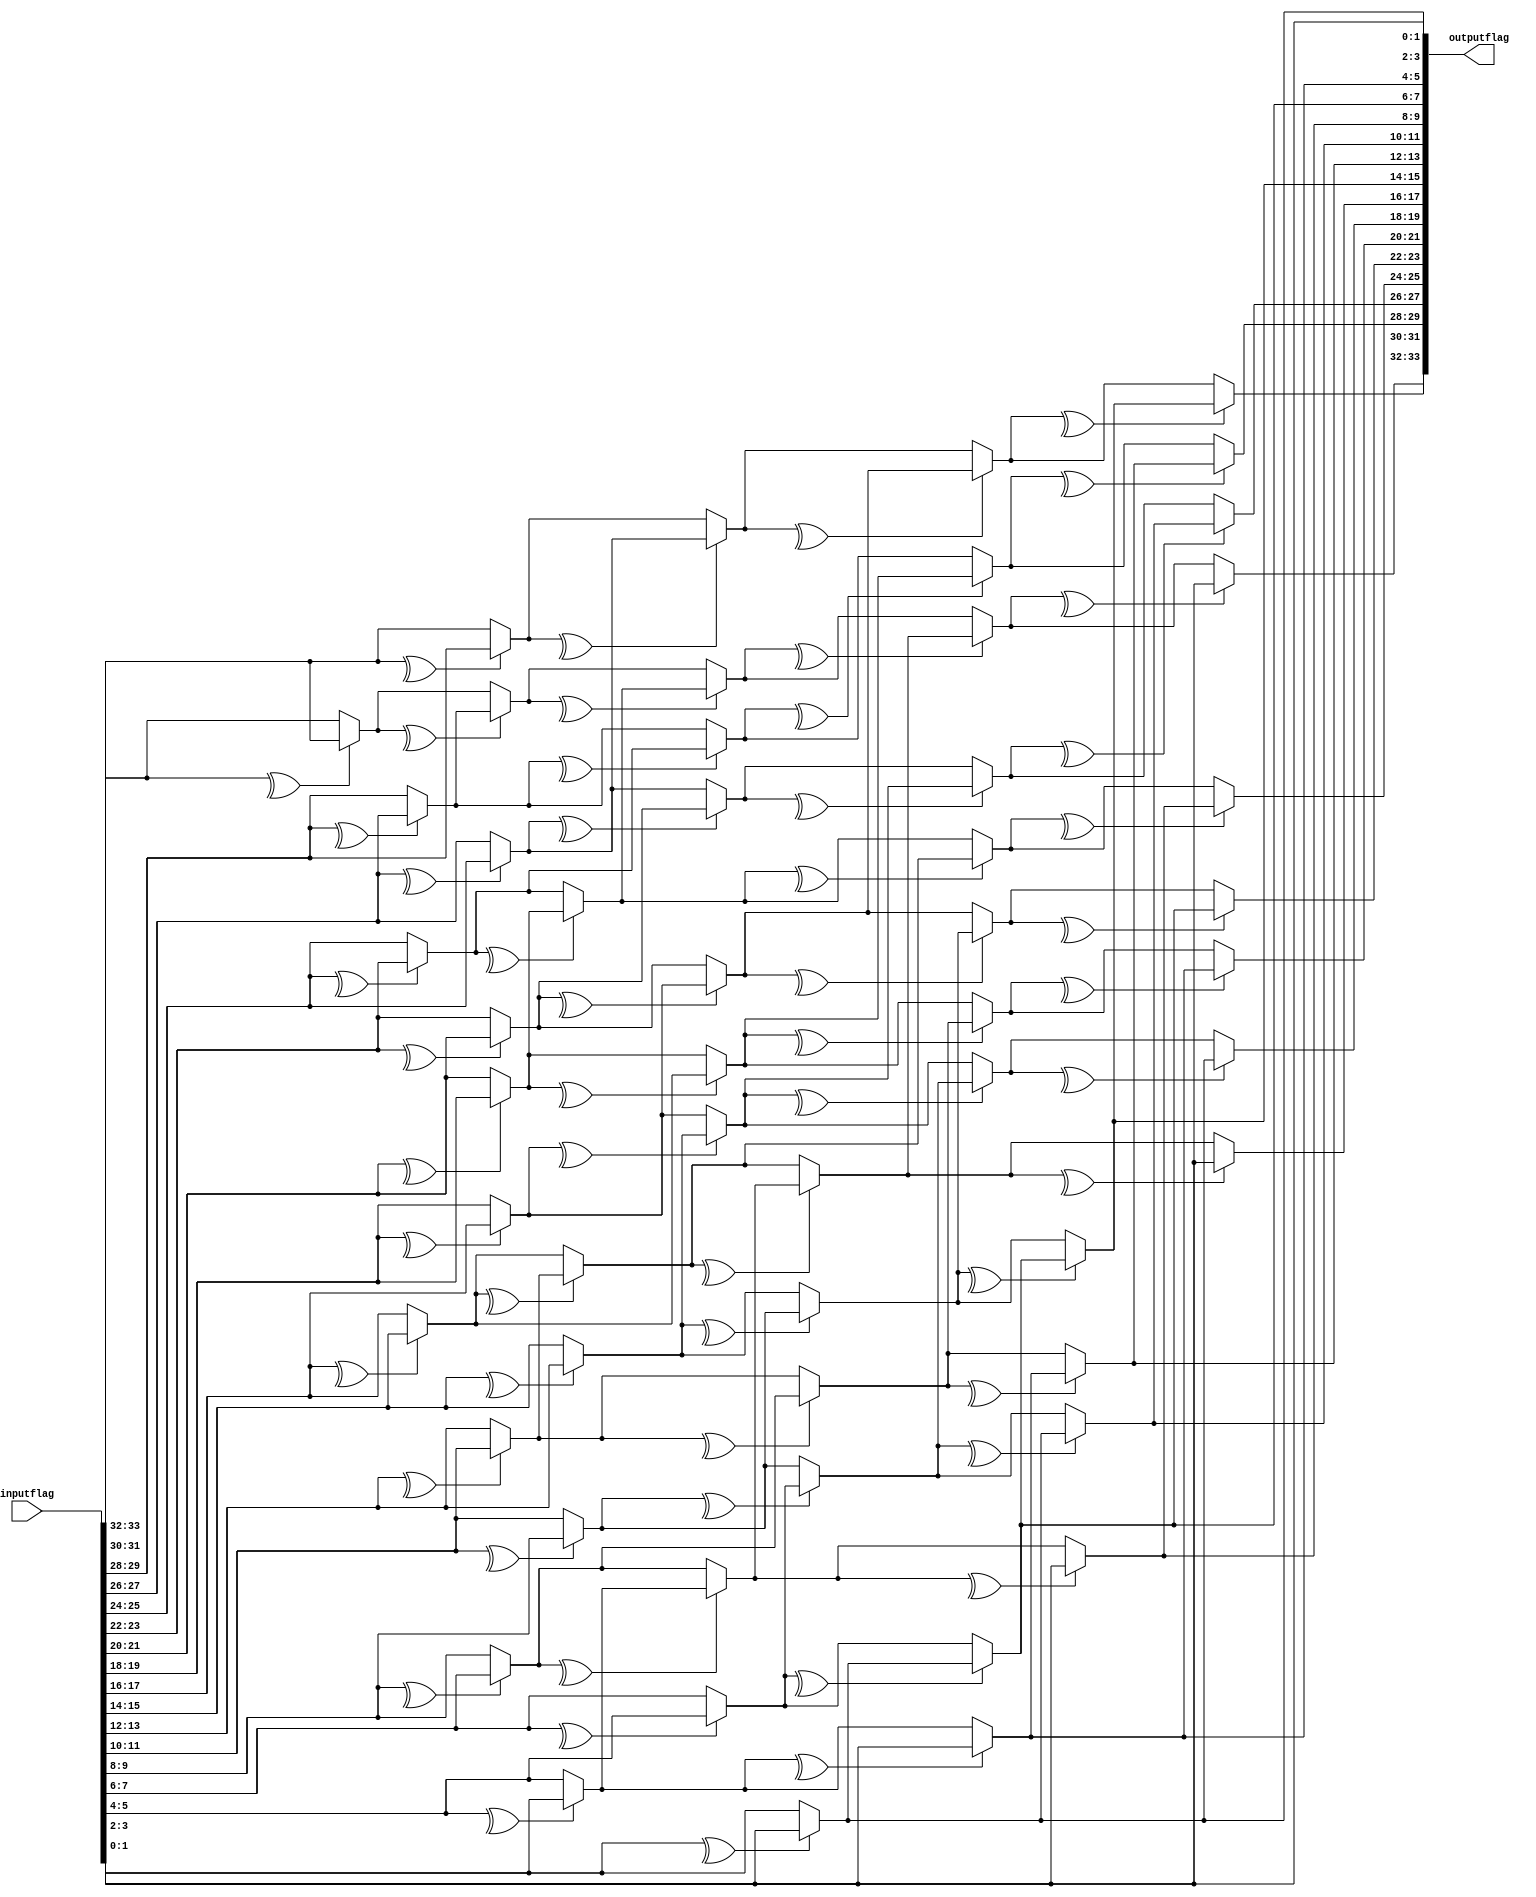

module ParallelPrefixCircuit(outputflag, inputflag);

input [33:0] inputflag;
output [33:0] outputflag;
wire [33:0] output1;
wire [33:0] output2;
wire [33:0] output3;
wire [33:0] output4;

assign output1[33:32] = (^inputflag[33:32]) ? {inputflag[31],inputflag[30]} : inputflag[33:32];
assign output1[31:30] = (^inputflag[31:30]) ? {inputflag[29],inputflag[28]} : inputflag[31:30];
assign output1[29:28] = (^inputflag[29:28]) ? {inputflag[27],inputflag[26]} : inputflag[29:28];
assign output1[27:26] = (^inputflag[27:26]) ? {inputflag[25],inputflag[24]} : inputflag[27:26];
assign output1[25:24] = (^inputflag[25:24]) ? {inputflag[23],inputflag[22]} : inputflag[25:24];
assign output1[23:22] = (^inputflag[23:22]) ? {inputflag[21],inputflag[20]} : inputflag[23:22];
assign output1[21:20] = (^inputflag[21:20]) ? {inputflag[19],inputflag[18]} : inputflag[21:20];
assign output1[19:18] = (^inputflag[19:18]) ? {inputflag[17],inputflag[16]} : inputflag[19:18];
assign output1[17:16] = (^inputflag[17:16]) ? {inputflag[15],inputflag[14]} : inputflag[17:16];
assign output1[15:14] = (^inputflag[15:14]) ? {inputflag[13],inputflag[12]} : inputflag[15:14];
assign output1[13:12] = (^inputflag[13:12]) ? {inputflag[11],inputflag[10]} : inputflag[13:12];
assign output1[11:10] = (^inputflag[11:10]) ? {inputflag[9],inputflag[8]} : inputflag[11:10];
assign output1[9:8] = (^inputflag[9:8]) ? {inputflag[7],inputflag[6]} : inputflag[9:8];
assign output1[7:6] = (^inputflag[7:6]) ? {inputflag[5],inputflag[4]} : inputflag[7:6];
assign output1[5:4] = (^inputflag[5:4]) ? {inputflag[3],inputflag[2]} : inputflag[5:4];
assign output1[3:2] = (^inputflag[3:2]) ? {inputflag[1],inputflag[0]} : inputflag[3:2];
assign output1[1:0] = inputflag[1:0];

assign output2[33:32] = (^output1[33:32]) ? {output1[29],output1[28]} : output1[33:32];
assign output2[31:30] = (^output1[31:30]) ? {output1[27],output1[26]} : output1[31:30];
assign output2[29:28] = (^output1[29:28]) ? {output1[25],output1[24]} : output1[29:28];
assign output2[27:26] = (^output1[27:26]) ? {output1[23],output1[22]} : output1[27:26];
assign output2[25:24] = (^output1[25:24]) ? {output1[21],output1[20]} : output1[25:24];
assign output2[23:22] = (^output1[23:22]) ? {output1[19],output1[18]} : output1[23:22];
assign output2[21:20] = (^output1[21:20]) ? {output1[17],output1[16]} : output1[21:20];
assign output2[19:18] = (^output1[19:18]) ? {output1[15],output1[14]} : output1[19:18];
assign output2[17:16] = (^output1[17:16]) ? {output1[13],output1[12]} : output1[17:16];
assign output2[15:14] = (^output1[15:14]) ? {output1[11],output1[10]} : output1[15:14];
assign output2[13:12] = (^output1[13:12]) ? {output1[9],output1[8]} : output1[13:12];
assign output2[11:10] = (^output1[11:10]) ? {output1[7],output1[6]} : output1[11:10];
assign output2[9:8] = (^output1[9:8]) ? {output1[5],output1[4]} : output1[9:8];
assign output2[7:6] = (^output1[7:6]) ? {output1[3],output1[2]} : output1[7:6];
assign output2[5:4] = (^output1[5:4]) ? {output1[1],output1[0]} : output1[5:4];
assign output2[3:0] = output1[3:0];

assign output3[33:32] = (^output2[33:32]) ? {output2[25],output2[24]} : output2[33:32];
assign output3[31:30] = (^output2[31:30]) ? {output2[23],output2[22]} : output2[31:30];
assign output3[29:28] = (^output2[29:28]) ? {output2[21],output2[20]} : output2[29:28];
assign output3[27:26] = (^output2[27:26]) ? {output2[19],output2[18]} : output2[27:26];
assign output3[25:24] = (^output2[25:24]) ? {output2[17],output2[16]} : output2[25:24];
assign output3[23:22] = (^output2[23:22]) ? {output2[15],output2[14]} : output2[23:22];
assign output3[21:20] = (^output2[21:20]) ? {output2[13],output2[12]} : output2[21:20];
assign output3[19:18] = (^output2[19:18]) ? {output2[11],output2[10]} : output2[19:18];
assign output3[17:16] = (^output2[17:16]) ? {output2[9],output2[8]} : output2[17:16];
assign output3[15:14] = (^output2[15:14]) ? {output2[7],output2[6]} : output2[15:14];
assign output3[13:12] = (^output2[13:12]) ? {output2[5],output2[4]} : output2[13:12];
assign output3[11:10] = (^output2[11:10]) ? {output2[3],output2[2]} : output2[11:10];
assign output3[9:8] = (^output2[9:8]) ? {output2[1],output2[0]} : output2[9:8];
assign output3[7:0] = output2[7:0];

assign output4[33:32] = (^output3[33:32]) ? {output3[17],output3[16]} : output3[33:32];
assign output4[31:30] = (^output3[31:30]) ? {output3[15],output3[14]} : output3[31:30];
assign output4[29:28] = (^output3[29:28]) ? {output3[13],output3[12]} : output3[29:28];
assign output4[27:26] = (^output3[27:26]) ? {output3[11],output3[10]} : output3[27:26];
assign output4[25:24] = (^output3[25:24]) ? {output3[9],output3[8]} : output3[25:24];
assign output4[23:22] = (^output3[23:22]) ? {output3[7],output3[6]} : output3[23:22];
assign output4[21:20] = (^output3[21:20]) ? {output3[5],output3[4]} : output3[21:20];
assign output4[19:18] = (^output3[19:18]) ? {output3[3],output3[2]} : output3[19:18];
assign output4[17:16] = (^output3[17:16]) ? {output3[1],output3[0]} : output3[17:16];
assign output4[15:0] = output3[15:0];

assign outputflag[33:32] = (^output4[33:32]) ? {output4[1],output4[0]} : output4[33:32];
assign outputflag[31:0] = output4[31:0];

endmodule